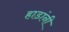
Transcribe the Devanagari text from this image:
हाडांनी